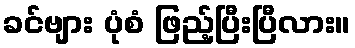
ခင်ဗျား ပုံစံ ဖြည့်ပြီးပြီလား။